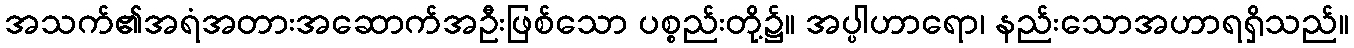
အသက်၏အရံအတားအဆောက်အဦးဖြစ်သော ပစ္စည်းတို့၌။ အပ္ပါဟာရော၊ နည်းသောအဟာရရှိသည်။